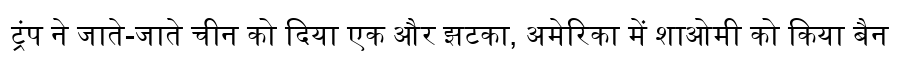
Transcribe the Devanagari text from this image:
ट्रंप ने जाते-जाते चीन को दिया एक और झटका, अमेरिका में शाओमी को किया बैन